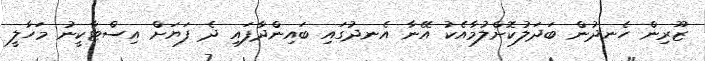
ޒޫރިން ހެނދުން ބަދަލުކޮށްލުމާއެކު އޭނާ އެނދުގައި ބައިންދާފައި ދެ ފަޔަށް އިސްޓާކީނު މަހާލީ